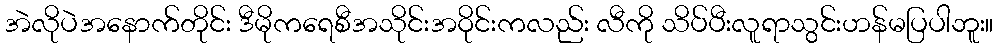
အဲလိုပဲအနောက်တိုင်း ဒီမိုကရေစီအသိုင်းအဝိုင်းကလည်း လီကို သိပ်ပီးလူရာသွင်းဟန်မပြပါဘူး။